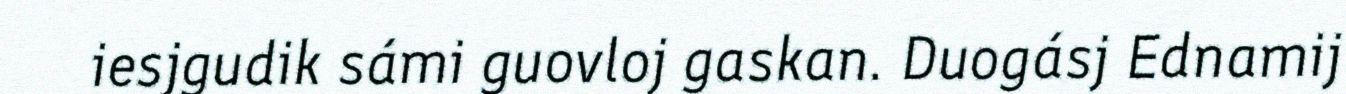
iesjgudik sámi guovloj gaskan. Duogásj Ednamij